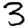
Digit: 3